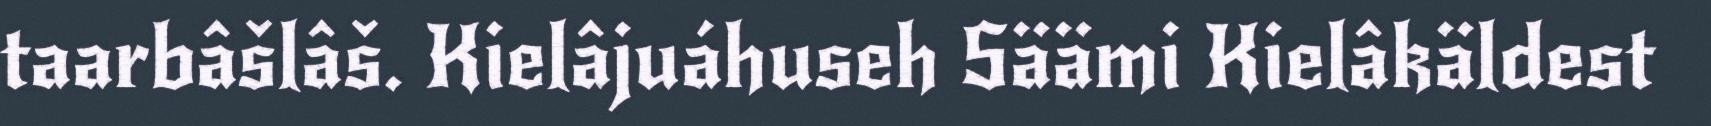
taarbâšlâš. Kielâjuáhuseh Säämi Kielâkäldest